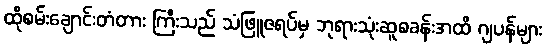
ထိုစမ်းချောင်းတံတား ကြီးသည် သံဖြူဇရပ်မှ ဘုရားသုံးဆူစခန်းအထိ ဂျပန်များ